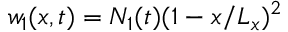
w _ { 1 } ( x , t ) = N _ { 1 } ( t ) ( 1 - x / L _ { x } ) ^ { 2 }